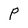
Character: p